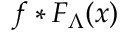
f * F _ { \Lambda } ( x )